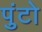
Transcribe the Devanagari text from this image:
पुंटो